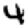
Digit: 4